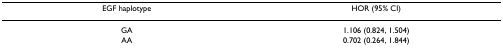
<table><thead><tr><td><b>EGF haplotype</b></td><td><b>HOR (95% CI)</b></td></tr></thead><tbody><tr><td>GA</td><td>1.106 (0.824, 1.504)</td></tr><tr><td>AA</td><td>0.702 (0.264, 1.844)</td></tr></tbody></table>